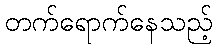
တက်ရောက်နေသည့်